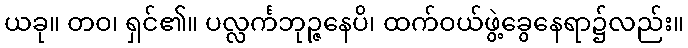
ယခု။ တဝ၊ ရှင်၏။ ပလ္လင်္ကဘုဉ္ဇနေပိ၊ ထက်ဝယ်ဖွဲ့ခွေနေရာ၌လည်း။